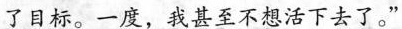
了目标。一度，我甚至不想活下去了。”